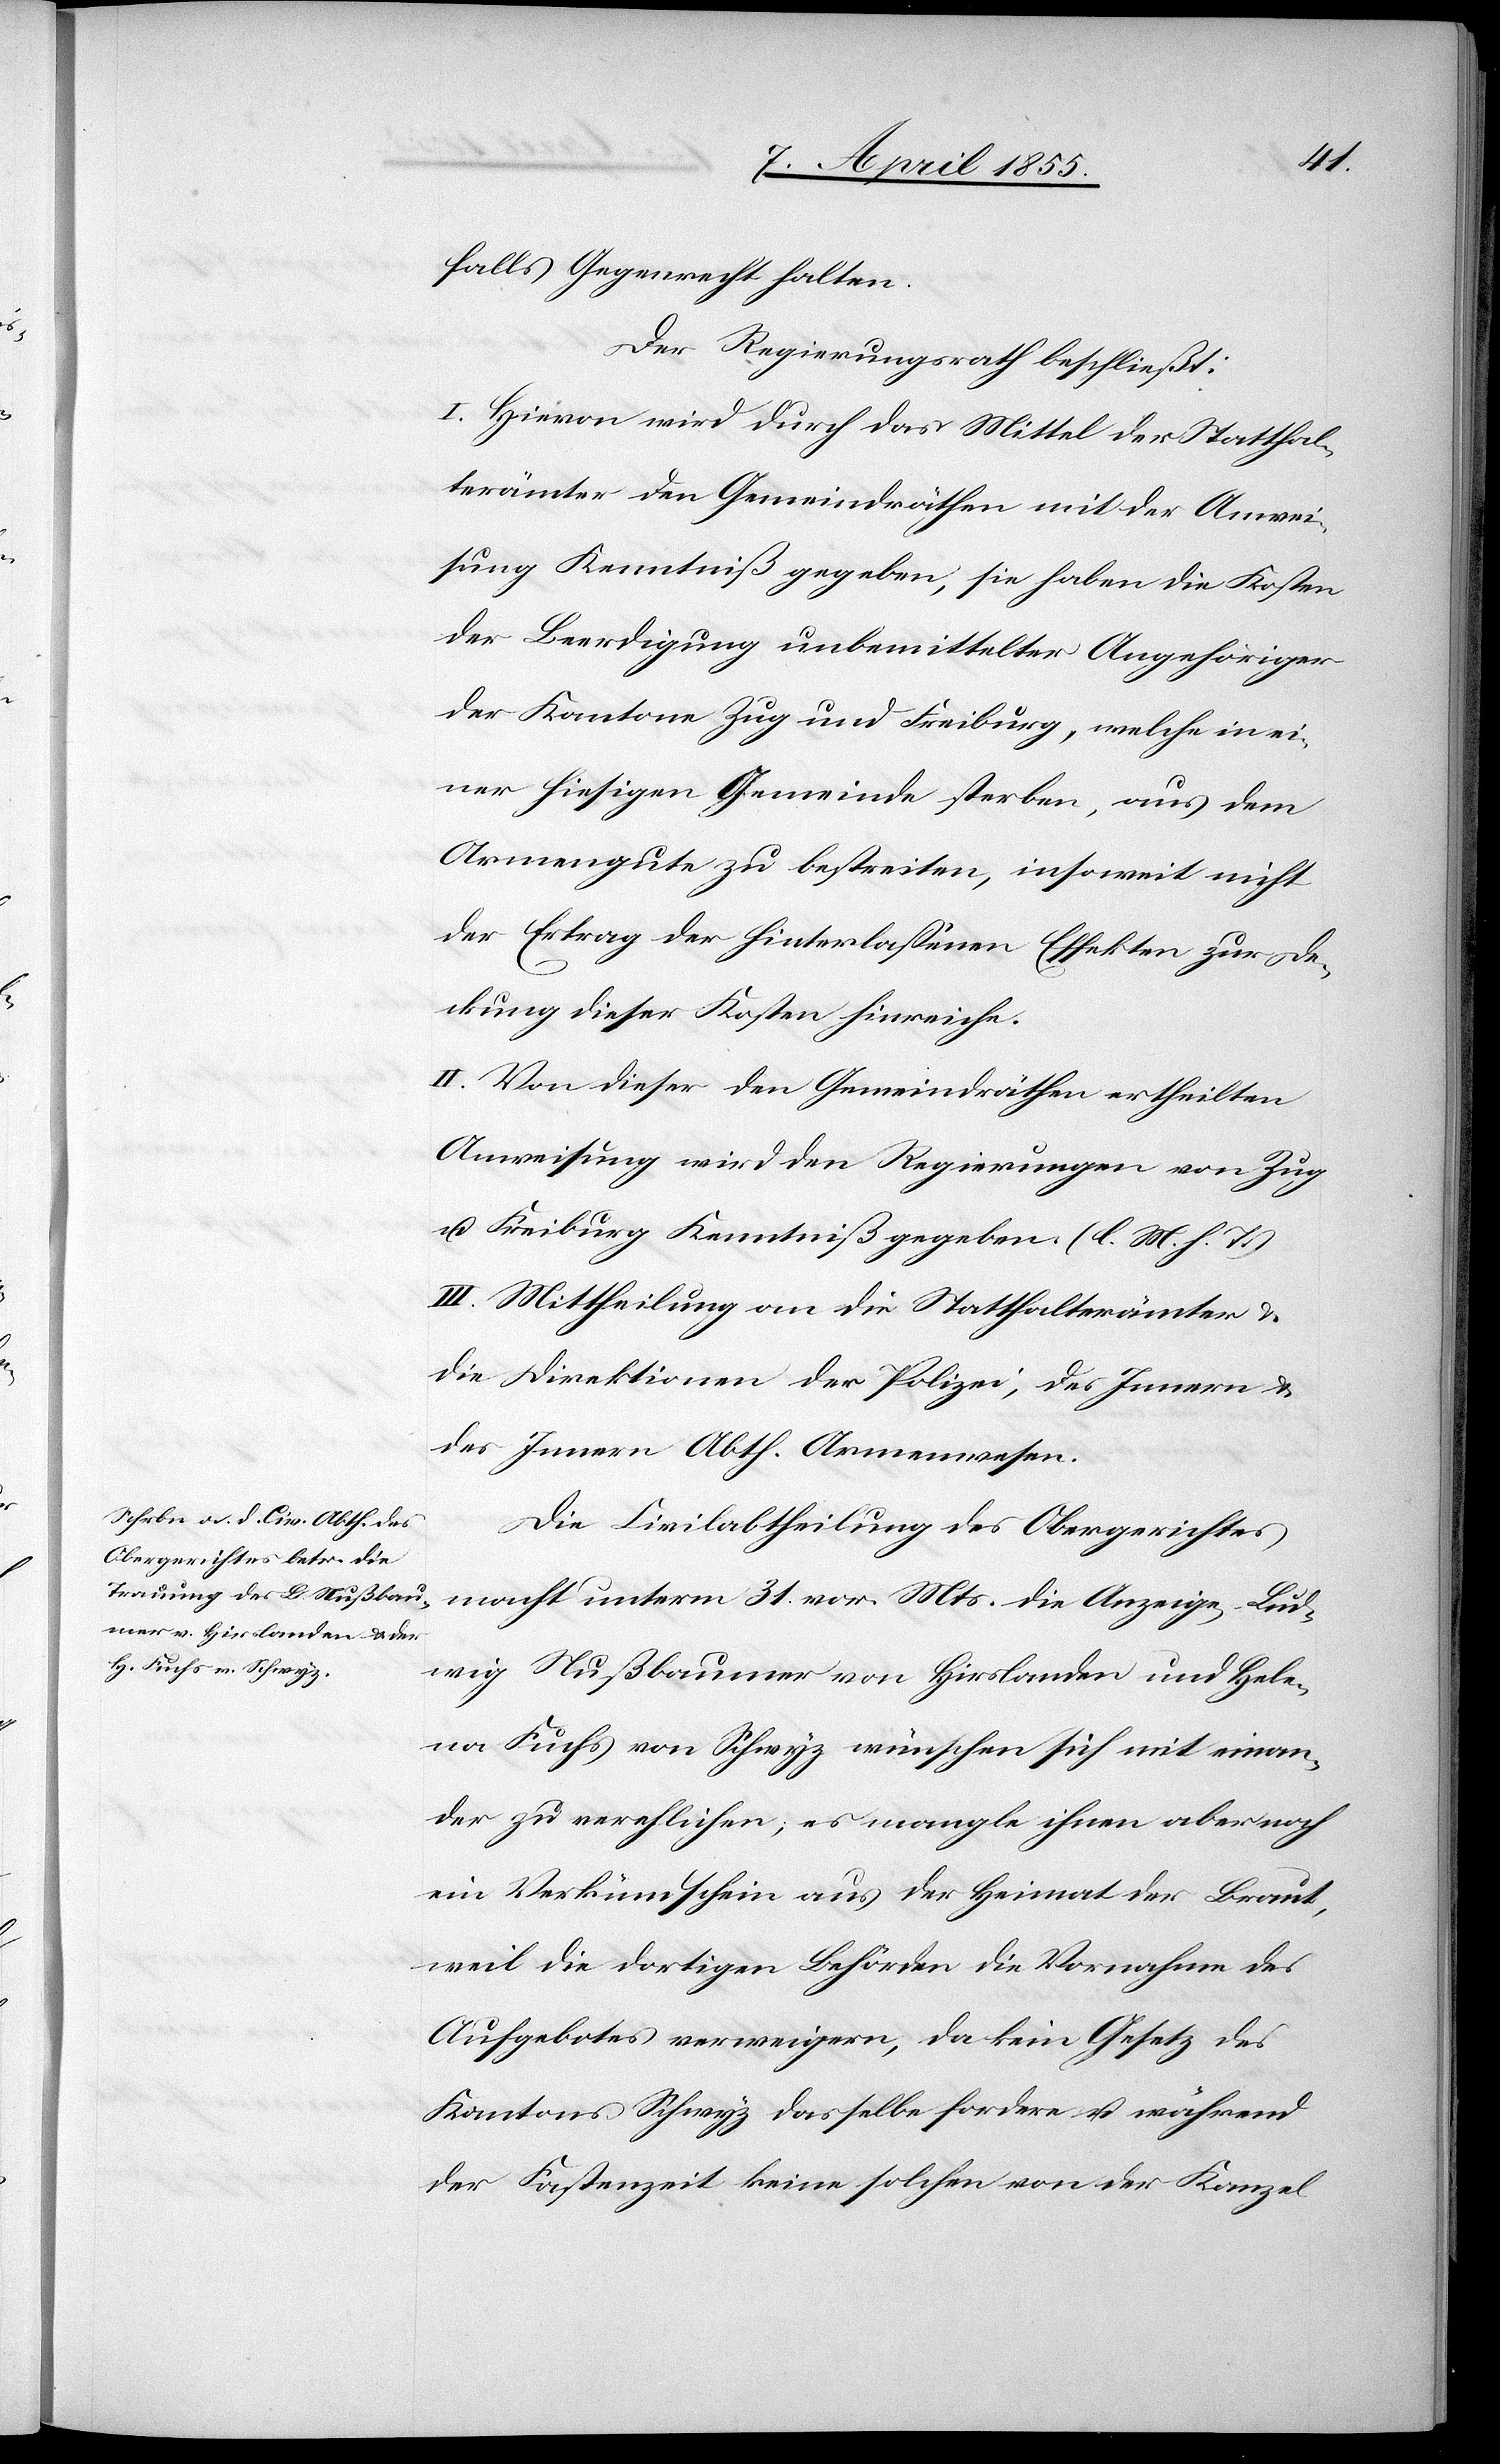
falls Gegenrecht halten.
Der Regierungsrath beschließt:
I. Hievon wird durch das Mittel der Statthal¬
terämter den Gemeindräthen mit der Anwei¬
sung Kenntniß gegeben, sie haben die Kosten
der Beerdigung unbemittelter Angehöriger
der Kantone Zug und Freiburg, welche in ei¬
ner hiesigen Gemeinde sterben, aus dem
Armengute zu bestreiten, insoweit nicht
der Ertrag der hinterlassenen Effekten zur De¬
ckung dieser Kosten hinreiche.
II. Von dieser den Gemeindräthen ertheilten
Anweisung wird den Regierungen von Zug
u. Freiburg Kenntniß gegeben. (l. M. h. T.)
III. Mittheilung an die Statthalterämter &
die Direktionen der Polizei, des Innern &
des Innern Abth. Armenwesen.
Die Civilabtheilung des Obergerichtes
macht unterm 31. vor. Mts. die Anzeige, Lud¬
wig Nußbaumer von Hirslanden und Hele¬
na Fuchs von Schwyz wünschen sich mit einan¬
der zu verehlichen, es mangle ihnen aber noch
ein Verkündschein aus der Heimat der Braut,
weil die dortigen Behörden die Vornahme des
Aufgebotes verweigern, da kein Gesetz des
Kantons Schwyz dasselbe fordere u. während
der Fastenzeit keine solchen von der Kanzel